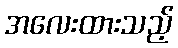
အလေးထားသည့်